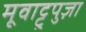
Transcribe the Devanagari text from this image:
मूवाट्टुपुज़ा